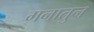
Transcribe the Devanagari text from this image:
मनातुन